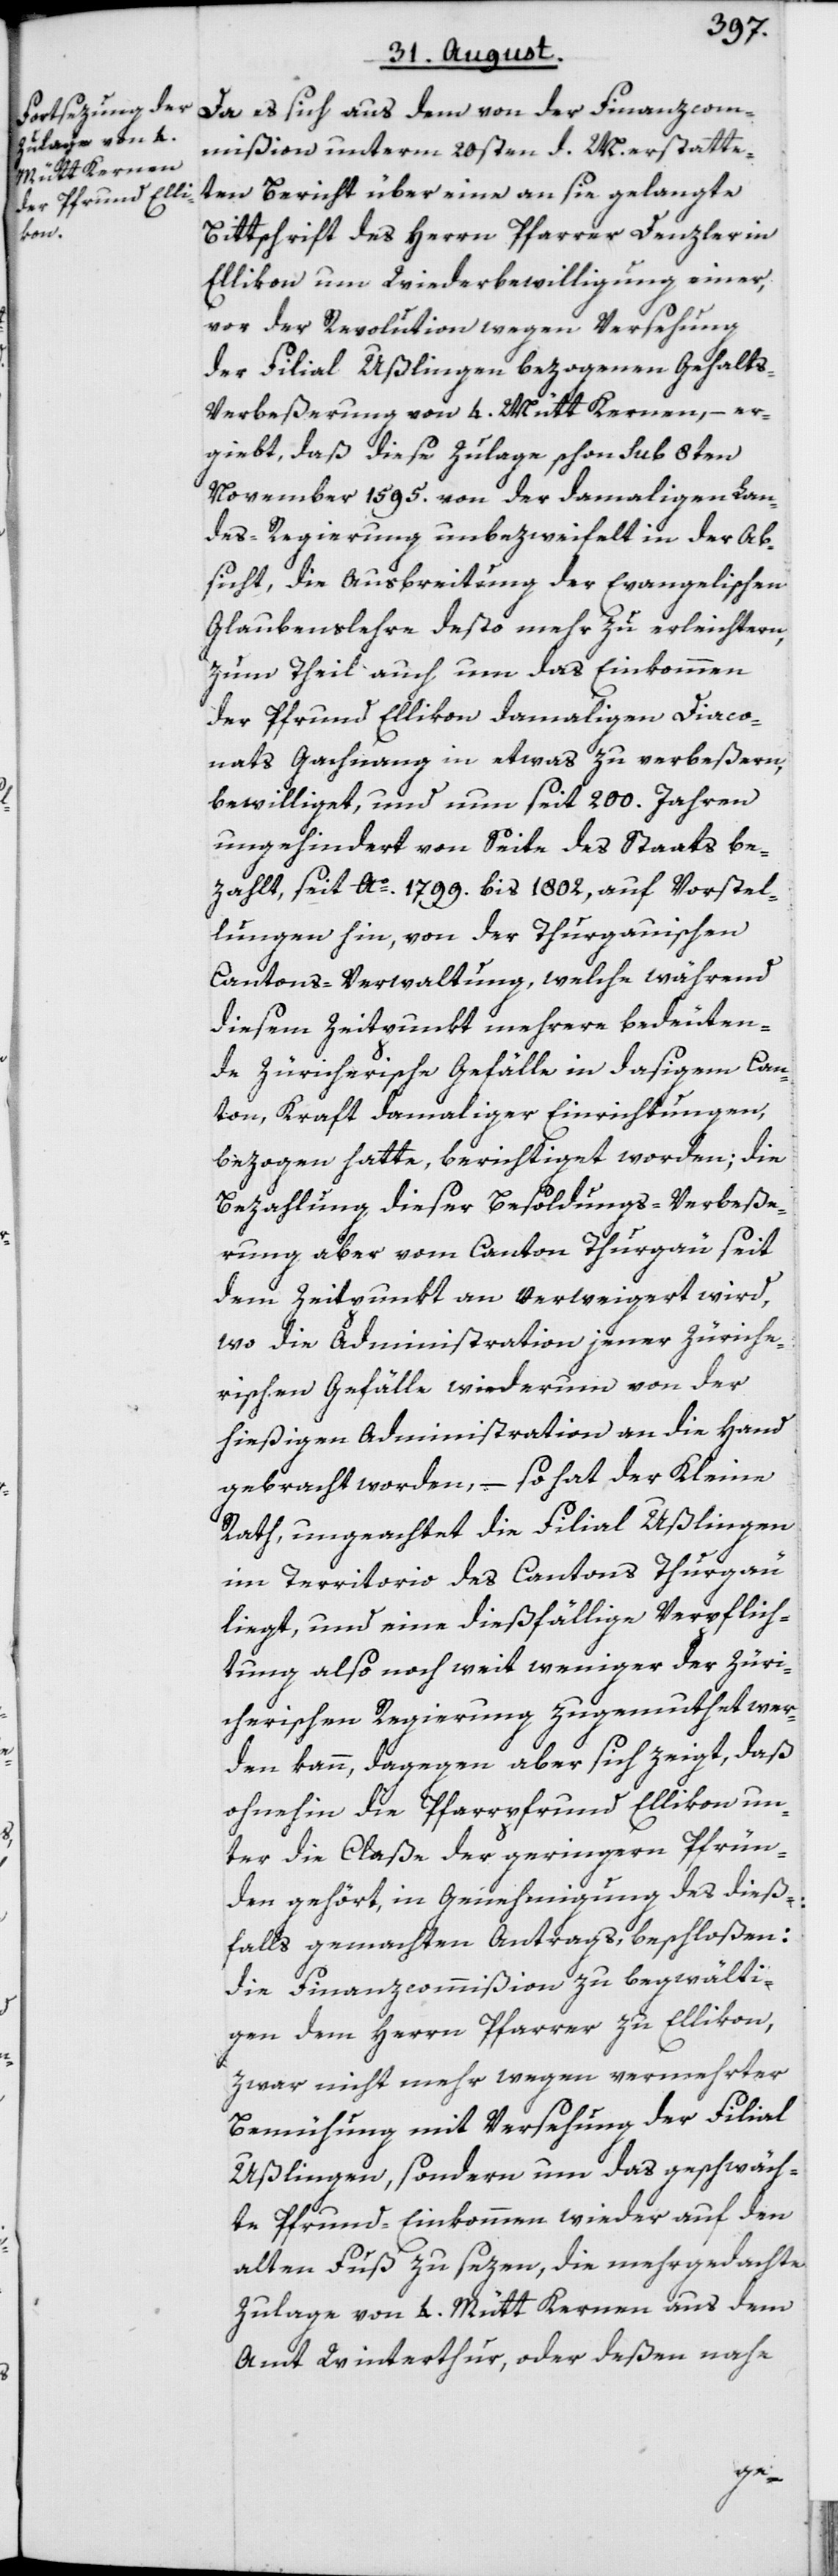
Da es sich aus dem von der Finanzcom¬
mißion unterm 20sten d. M. erstatte¬
ten Bericht über eine an sie gelangte
Bittschrift des Herrn Pfarrer Denzler in
Ellikon um Wiederbewilligung einer,
vor der Revolution wegen Versehung
der Filial Ußlingen bezogenen Gehalts-V¬
erbeßerung von 4. Mütt Kernen, – er¬
giebt, daß diese Zulage schon sub 8ten
November 1595. von der damaligen Lan¬
des-Regierung unbezweifelt in der Ab¬
sicht, die Ausbreitung der Evangelischen
Glaubenslehre desto mehr zu erleichtern,
zum Theil auch um das Einkommen
der Pfrund Ellikon damaligen Diaco¬
nats Gachnang in etwas zu verbeßern,
bewilliget, und nun seit 200. Jahren
ungehindert von Seite des Staats be¬
zahlt, seit Ao. 1799. bis 1802, auf Vorstel¬
lungen hin, von der Thurgauischen
Cantons-Verwaltung, welche während
diesem Zeitpunkt mehrere bedeuten¬
de Züricherische Gefälle in dasigem Can¬
ton, Kraft damaliger Einrichtungen,
bezogen hatte, berichtiget worden; die
Bezahlung dieser Besoldungs-Verbeße¬
rung aber vom Canton Thurgau seit
dem Zeitpunkt an verweigert wird,
wo die Administration jener Züriche¬
rischen Gefälle wiederum von der
hießigen Administration an die Hand
gebracht worden, – so hat der Kleine
Rath, ungeachtet die Filial Ußlingen
im Territorio des Cantons Thurgau
liegt, und eine dießfällige Verpflich¬
tung also noch weit weniger der Züri¬
cherischen Regierung zugemuthet wer¬
den kann, dagegen aber sich zeigt, daß
ohnehin die Pfarrpfrund Ellikon un¬
ter die Claße der geringern Pfrün¬
den gehört, in Genehmigung des dieß¬
falls gemachten Antrags, beschloßen:
die Finanzcommißion zu begwälti¬
gen dem Herrn Pfarrer zu Ellikon,
zwar nicht mehr wegen vermehrter
Bemühung mit Versehung der Filial
Ußlingen, sondern um das geschwäch¬
te Pfrund-Einkommen wieder auf den
alten Fuß zu sezen, die mehrgedachte
Zulage von 4. Mütt Kernen aus dem
Amt Winterthur, oder deßen nahe